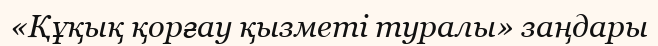
«Құқық қорғау қызметі туралы» заңдары